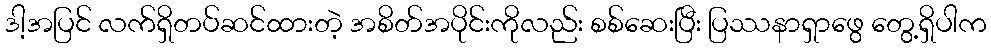
ဒါ့အပြင် လက်ရှိတပ်ဆင်ထားတဲ့ အစိတ်အပိုင်းကိုလည်း စစ်ဆေးပြီး ပြဿနာရှာဖွေ တွေ့ရှိပါက